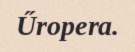
Űropera.